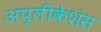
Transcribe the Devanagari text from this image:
अप्लीकेशंस